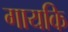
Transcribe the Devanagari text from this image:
गायकि